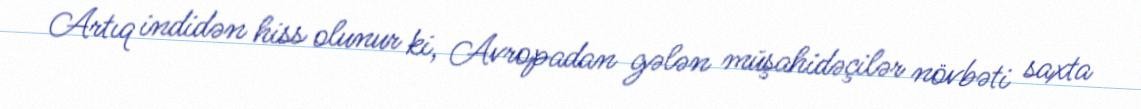
Artıq indidən hiss olunur ki, Avropadan gələn müşahidəçilər növbəti saxta